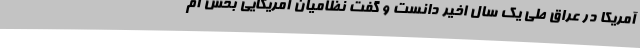
آمریکا در عراق طی یک سال اخیر دانست و گفت نظامیان آمریکایی بخش آم